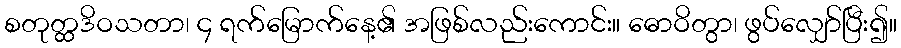
စတုတ္ထဒိဝသတာ၊ ၄ ရက်မြောက်နေ့၏ အဖြစ်လည်းကောင်း။ ဓောဝိတွာ၊ ဖွပ်လျှော်ပြီး၍။